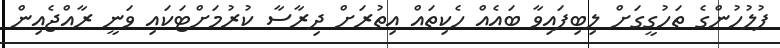
ފުލުހުންގެ ތަހުގީގަށް ލިބިފައިވާ ބައެއް ހެކިތައް އިތުރަށް ދިރާސާ ކުރުމަށްޓަކައި ވަނީ ރާއްޖެއިން